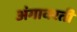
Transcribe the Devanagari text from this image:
अंगावरती